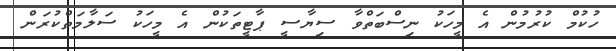
ހުކުމް ކުރުމުން އެ މީހަކު ނިސްބަތްވާ ސިޔާސީ ޕާޓީތަކުން އެ މީހަކު ސަލާމަތްކުރަން